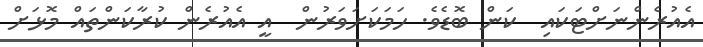
އެއުރެންނަށްޓަކައި  ކަން ބޮޑެވެ. ހަމަކަށަވަރުން  އީ އެއުރެން ކުރާކަންތައް މޮޅަށް